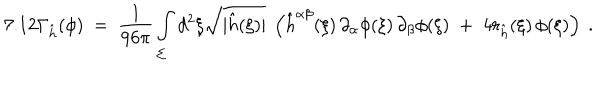
7 . 1 2 \Gamma _ { \hat { h } } ( \phi ) \ = \ \frac { 1 } { 9 6 \pi } \int _ { \Sigma } d ^ { 2 } \xi \sqrt { | \hat { h } ( \xi ) | } \ \left( \hat { h } ^ { \alpha \beta } ( \xi ) \, \partial _ { \alpha } \phi ( \xi ) \, \partial _ { \beta } \phi ( \xi ) \; + \; 4 r _ { \hat { h } } ( \xi ) \, \phi ( \xi ) \right) \ .